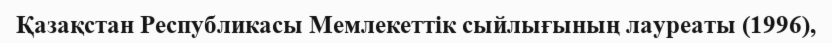
Қазақстан Республикасы Мемлекеттік сыйлығының лауреаты (1996),